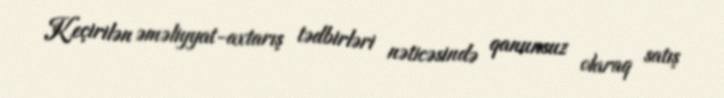
Keçirilən əməliyyat-axtarış tədbirləri nəticəsində qanunsuz olaraq satış